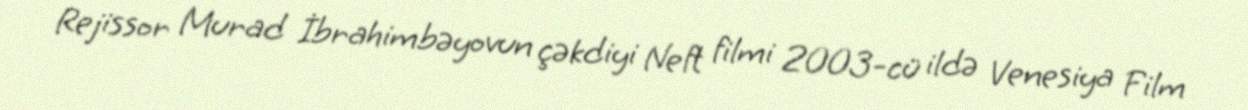
Rejissor Murad İbrahimbəyovun çəkdiyi Neft filmi 2003-cü ildə Venesiya Film